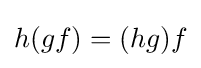
h(gf)=(hg)f